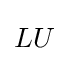
{\begin{matrix}LU\end{matrix}}